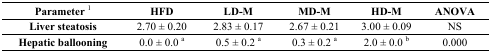
<table><thead><tr><td><b>Parameter <sup>1</sup></b></td><td><b>HFD</b></td><td><b>LD-M</b></td><td><b>MD-M</b></td><td><b>HD-M</b></td><td><b>ANOVA</b></td></tr></thead><tbody><tr><td><b>Liver steatosis</b></td><td>2.70 ± 0.20</td><td>2.83 ± 0.17</td><td>2.67 ± 0.21</td><td>3.00 ± 0.09</td><td>NS</td></tr><tr><td><b>Hepatic ballooning</b></td><td>0.0 ± 0.0 <sup>a</sup></td><td>0.5 ± 0.2 <sup>a</sup></td><td>0.3 ± 0.2 <sup>a</sup></td><td>2.0 ± 0.0 <sup>b</sup></td><td>0.000</td></tr></tbody></table>